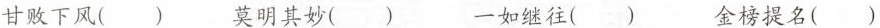
甘败下风( ) 莫明其妙( ) 一如继往( ) 金榜提名( )